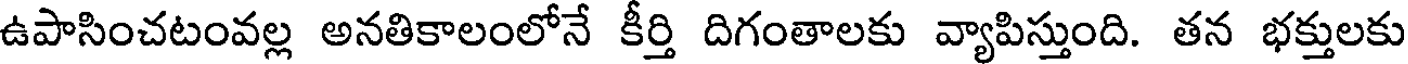
ఉపాసించటంవల్ల అనతికాలంలోనే కీర్తి దిగంతాలకు వ్యాపిస్తుంది. తన భక్తులకు